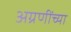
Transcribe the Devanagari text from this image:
अग्रणींच्या